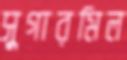
সুগারমিল